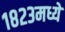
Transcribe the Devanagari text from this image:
१८२३मध्ये